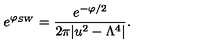
e ^ { \varphi _ { S W } } = { \frac { e ^ { - \varphi / 2 } } { 2 \pi | u ^ { 2 } - \Lambda ^ { 4 } | } } .